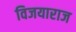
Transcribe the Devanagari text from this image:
विजयाराज